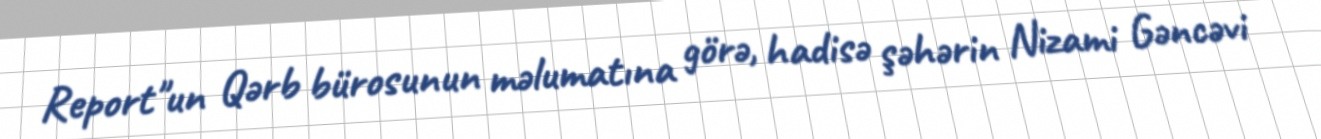
Report"un Qərb bürosunun məlumatına görə, hadisə şəhərin Nizami Gəncəvi